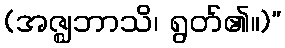
(အဇ္ဈဘာသိ၊ ရွတ်၏။)”